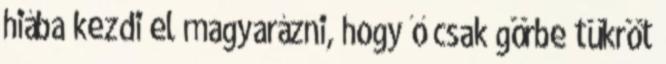
hiába kezdi el magyarázni, hogy ő csak görbe tükröt